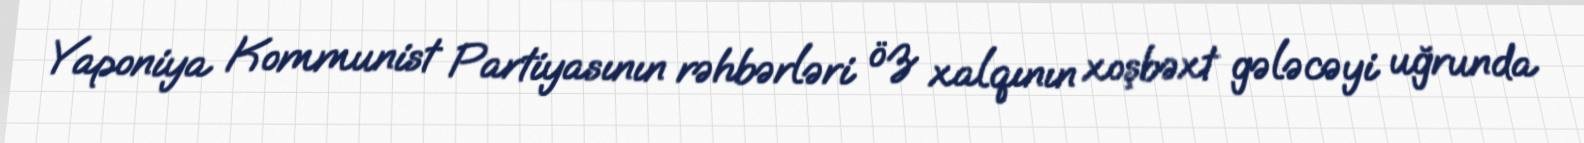
Yaponiya Kommunist Partiyasının rəhbərləri öz xalqının xoşbəxt gələcəyi uğrunda